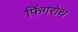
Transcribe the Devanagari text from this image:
फ़िंगरोथ